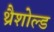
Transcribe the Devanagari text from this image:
थ्रैशोल्ड